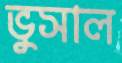
ভুসাল